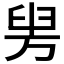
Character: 𦥤